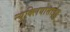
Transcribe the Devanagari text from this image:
न्युक्लियोसाईड